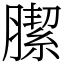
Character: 䐼